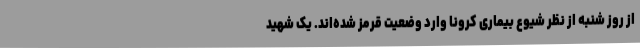
از روز شنبه از نظر شیوع بیماری کرونا وارد وضعیت قرمز شده‌اند. یک شهید